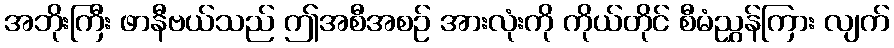
အဘိုးကြီး ဖာနီဗယ်သည် ဤအစီအစဉ် အားလုံးကို ကိုယ်တိုင် စီမံညွှန်ကြား လျက်